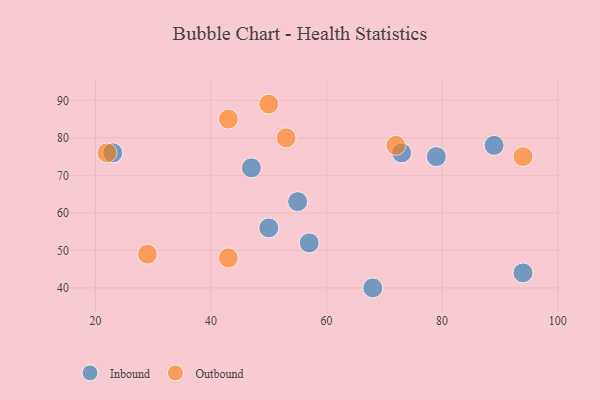
{"axis": {"x": "GDP", "y": "Life Expectancy"}, "legend": ["Inbound", "Outbound"], "data": [{"x": "94", "y": 44, "type": "Inbound"}, {"x": "23", "y": 76, "type": "Inbound"}, {"x": "47", "y": 72, "type": "Inbound"}, {"x": "79", "y": 75, "type": "Inbound"}, {"x": "89", "y": 78, "type": "Inbound"}, {"x": "57", "y": 52, "type": "Inbound"}, {"x": "73", "y": 76, "type": "Inbound"}, {"x": "68", "y": 40, "type": "Inbound"}, {"x": "50", "y": 56, "type": "Inbound"}, {"x": "55", "y": 63, "type": "Inbound"}, {"x": "94", "y": 75, "type": "Outbound"}, {"x": "72", "y": 78, "type": "Outbound"}, {"x": "43", "y": 85, "type": "Outbound"}, {"x": "22", "y": 76, "type": "Outbound"}, {"x": "29", "y": 49, "type": "Outbound"}, {"x": "50", "y": 89, "type": "Outbound"}, {"x": "53", "y": 80, "type": "Outbound"}, {"x": "43", "y": 48, "type": "Outbound"}]}